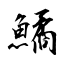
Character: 鱊